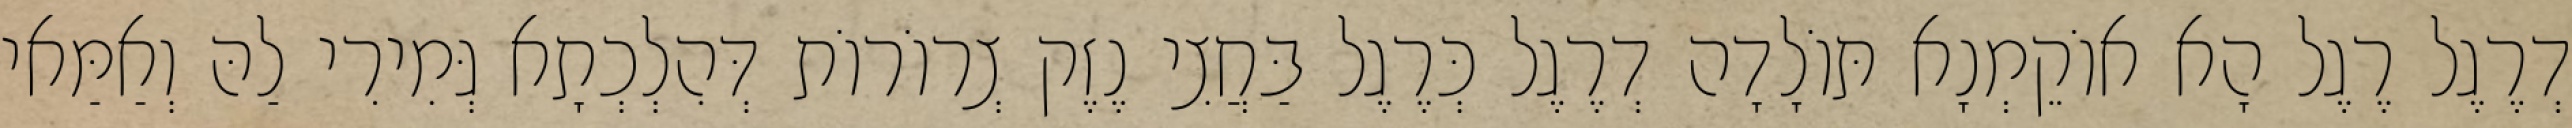
דְרֶגֶל רֶגֶל הָא אוֹקֵמְנָא תּוֹלָדָה דְרֶגֶל כְּרֶגֶל בַּחֲצִי נֶזֶק צְרוֹרוֹת דְּהִלְכְתָא גְּמִירִי לַהּ וְאַמַּאי